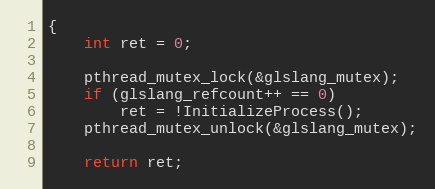
Language: C++
{
    int ret = 0;

    pthread_mutex_lock(&glslang_mutex);
    if (glslang_refcount++ == 0)
        ret = !InitializeProcess();
    pthread_mutex_unlock(&glslang_mutex);

    return ret;